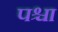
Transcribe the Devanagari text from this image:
पश्चा